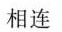
相连